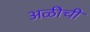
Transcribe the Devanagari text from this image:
अळीची